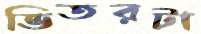
ভিতরটা